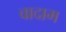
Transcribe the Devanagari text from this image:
वादाम